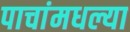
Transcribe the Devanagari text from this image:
पाचांमधल्या